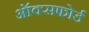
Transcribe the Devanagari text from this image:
अॉक्सफोर्ड